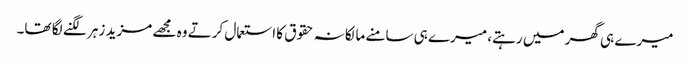
میرے ہی گھر میں رہتے، میرے ہی سامنے مالکانہ حقوق کا استعمال کرتے وہ مجھے مزید زہر لگنے لگا تھا۔